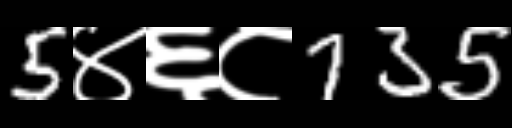
Text: 5४६८735